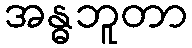
အန္ဓဘူတာ